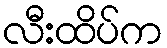
လီးထိပ်က